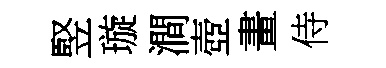
竪璇澗壺畫侍